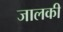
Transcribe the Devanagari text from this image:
जालकी